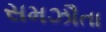
સમઝૌતા